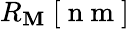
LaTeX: R_{\mathbf{M}}\ [\mathrm{{~n~m~}}]